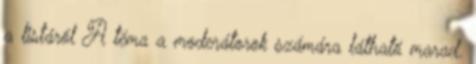
a listáról A téma a moderátorok számára látható marad.